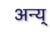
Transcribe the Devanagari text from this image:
अन्य्